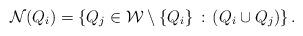
LaTeX: \begin{align*}\mathcal N(Q_i) = \left\{Q_j \in \mathcal W\setminus \{Q_i\}\,:\, (Q_i\cup Q_j) \right\}.\end{align*}